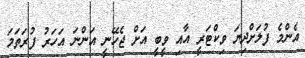
އެންމެ ފުލަށްދިޔަ ވިކްޓަރީ އާއި ވީބީ އަށް ޖެހޭނީ އަންނަ އަހަރު ފުރަތަމަ